Civil Veterinary Department. Central Provinces & Berar 1925-31 - 1925-1931
Year: 1925
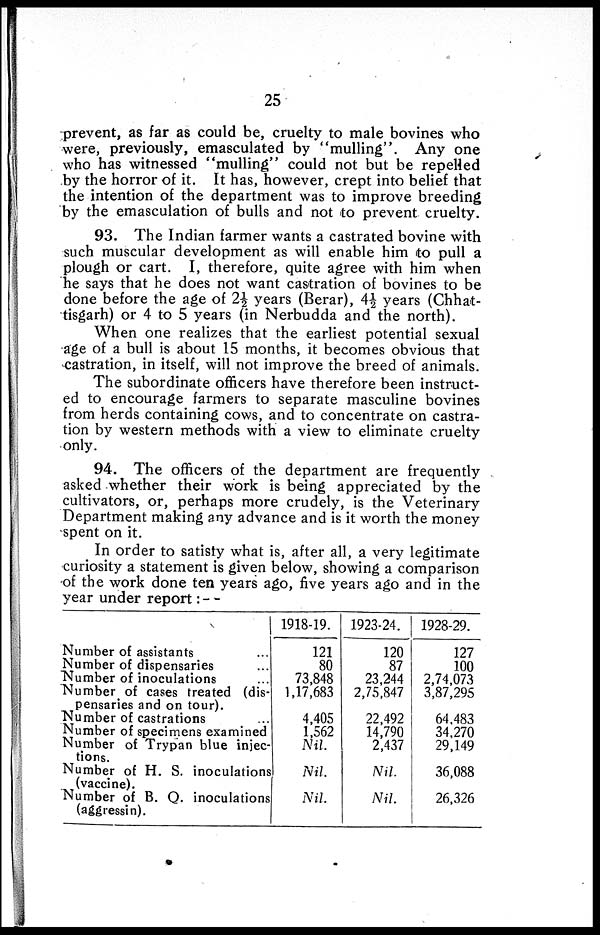
25
prevent, as far as could be, cruelty to male bovines who
were, previously, emasculated by "mulling". Any one
who has witnessed "mulling" could not but be repelled
by the horror of it. It has, however, crept into belief that
the intention of the department was to improve breeding
by the emasculation of bulls and not to prevent cruelty.
93. The Indian farmer wants a castrated bovine with
such muscular development as will enable him to pull a
plough or cart. I, therefore, quite agree with him when
he says that he does not want castration of bovines to be
done before the age of 2½ years (Berar), 4½ years (Chhat-
tisgarh) or 4 to 5 years (in Nerbudda and the north).
When one realizes that the earliest potential sexual
age of a bull is about 15 months, it becomes obvious that
castration, in itself, will not improve the breed of animals.
The subordinate officers have therefore been instruct-
ed to encourage farmers to separate masculine bovines
from herds containing cows, and to concentrate on castra-
tion by western methods with a view to eliminate cruelty
only.
94. The officers of the department are frequently
asked whether their work is being appreciated by the
cultivators, or, perhaps more crudely, is the Veterinary
Department making any advance and is it worth the money
spent on it.
In order to satisfy what is, after all, a very legitimate
curiosity a statement is given below, showing a comparison
of the work done ten years ago, five years ago and in the
year under report:—
Number of assistants ...
Number of dispensaries ...
Number of inoculations ...
Number of cases treated (dis-
pensaries and on tour).
Number of castrations
Number of specimens examined
Number of Trypan blue injec-
tions.
Number of H. S. inoculations
(vaccine).
Number of B. Q. inoculations
(aggressin).
1918-19.
121
80
73,848
1,17,683
4,405
1,562
Nil.
Nil.
Nil.
1923-24.
120
87
23,244
2,75,847
22,492
14,790
2,437
Nil.
Nil.
1928-29.
127
100
2,74,073
3,87,295
64,483
34,270
29,149
36,088
26,326